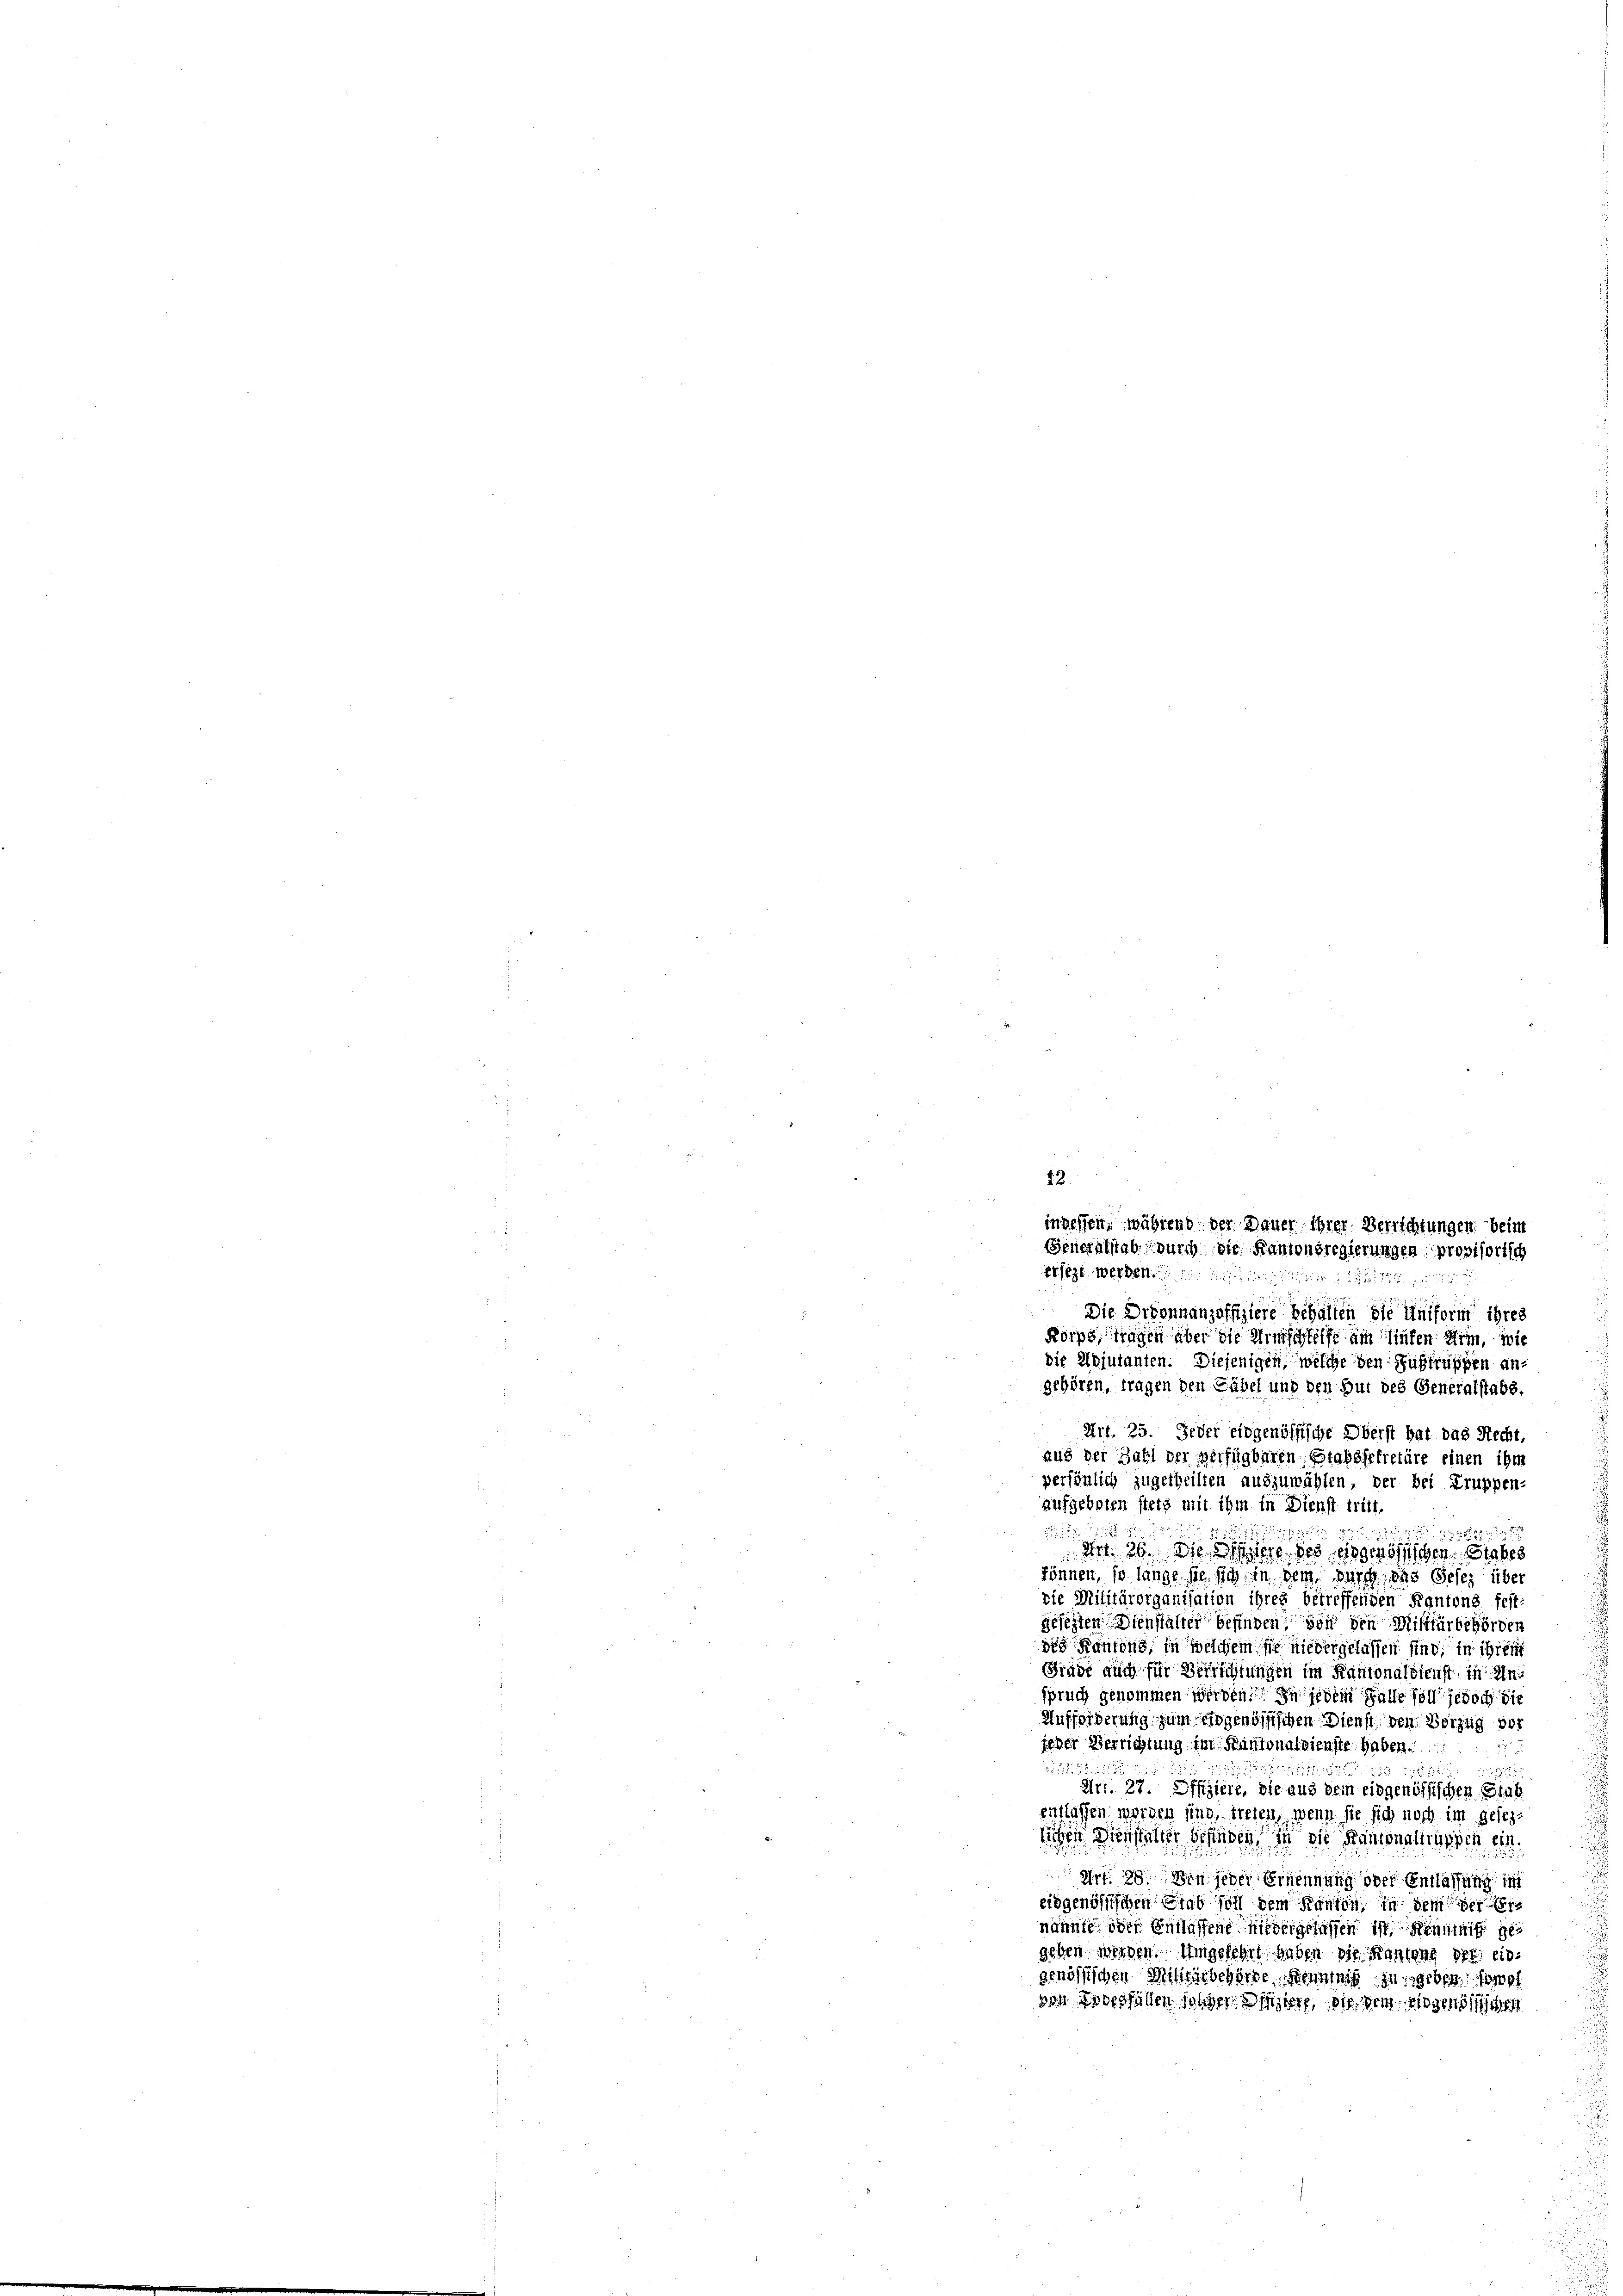
aufgeboten stets mit ihm in Dienst tritt.
 18 x
2
 Art. 26. Die Stege des eingenössischen, Stabes
können, so lange sie sich in dem durch, das Gesez über
die Militärorganisation ihres betreffenden Kantons fest
gesezten Dienstalter befinden von den Militärbehörden
des Kantons, in welchem sie niedergelassen sind, in ihren
Grade auch für Verrichtungen im Kantonaldienst in Anspruch genommen werden. In jedem Falle soll jedoch die
Aufforderung zum eingenössischen Dienst den Verzug des
jeder Verrichtung im Kantonalsienste haben.

1223
Art. 27. Offiziere, die aus dem eidgenössischen Einb
entlassen worden sind, treten, wenn sie sich noch im gesezsichen Dienstalter befinden, in die Rentenantrassen ein
Art. 28. Den jeder Ernennung oder Entlassung in
eidgenössischen Grab soll dem Kanton, in dem der
nönnte der Entlassene niedergelassen ist Kenntniß gegeben werden. Umgelehrt haben die Kantons der ein
genössischen Militärbehörde, Kenntniß zu geben sol
sar Bockfällen sonder hier, die dem eidgenössischen

12.
indessen, während der Dauer ihrer Verrichtungen beim
Generalstabe durch die Kantonsregierungen provisorisch
ersezt werden. einen die
Die Divonnanzoffiziere behalten die Uniform ihres
Korps, tragen aber die Umschleife am hinten Arm, wie
die Adjutanten. Diejenigen, welche den Sustruppen an
gehören, tragen den Cäbel und den Gut des Generalstabe,
Art. 25. Jeder eidgenössische Oberst hat das Recht
aus der Zahl der verfügbaren, Stabssekretäre einen ihm
persönlich zugetheilten auszuwählen, der bei Truppen-